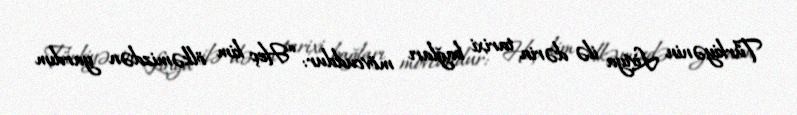
Türkiyənin Liviya ilə dərin tarixi bağları mövcuddur: “Heç kim ölkəmizdən yardım